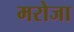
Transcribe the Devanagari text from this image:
मरोजा